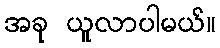
အခု ယူလာပါမယ်။